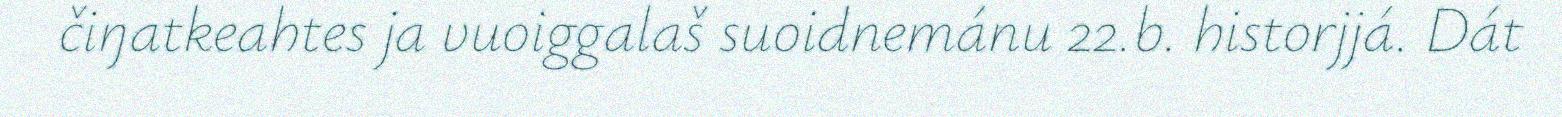
čiŋatkeahtes ja vuoiggalaš suoidnemánu 22.b. historjjá. Dát